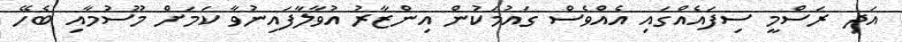
އަދި ރަސްމީ ސިފައެއްގައި އެއްވެސް ގައުމަކުން އިންޒާރު އުވާލާފައިނުވާ ކަމަށް މޫސުމާއި ބެހޭ